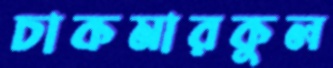
চাকমারকুল